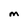
Character: M